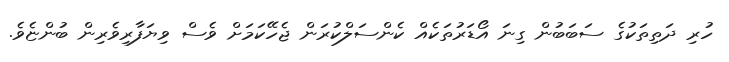
ހުރި ދަތިތަކުގެ ސަބަބުން ގިނަ އޯޑަރުތަކެއް ކެންސަލްކުރަން ޖެހޭކަމަށް ވެސް ވިޔަފާރިވެރިން ބުންޏެވެ.